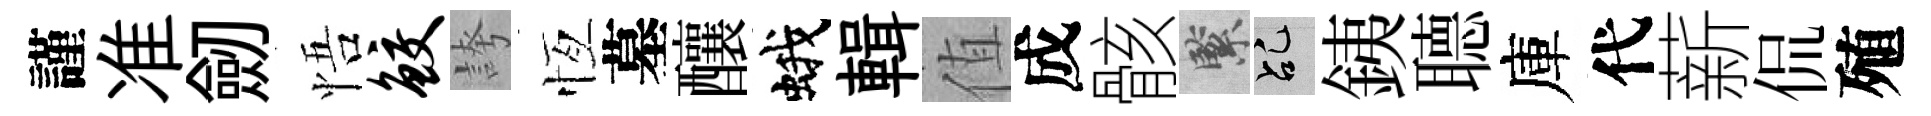
謹准劒悟鲛誇恆墓釀蛾輯值成骸緊乩銕𦗟庫代薪侃殖